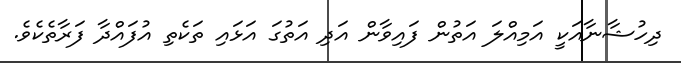
ދިހުޝާނާއަކީ އަމިއްލަ އަތުން ފައިވާން އަދި އަތުގަ އަޅައި ތަކެތި އުފައްދާ ފަރާތެކެވެ.